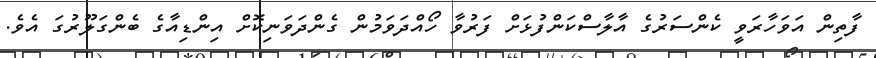
ފާތިން އަވަހާރަވީ ކެންސަރުގެ އާލާސްކަންފުޅަށް ފަރުވާ ހޯއްދަވަމުން ގެންދަވަނިކޮށް އިންޑިއާގެ ބެންގަލޫރުގަ އެވެ.